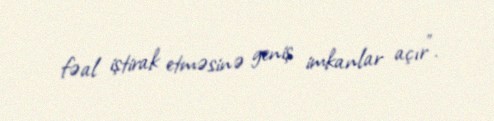
fəal iştirak etməsinə geniş imkanlar açır”.